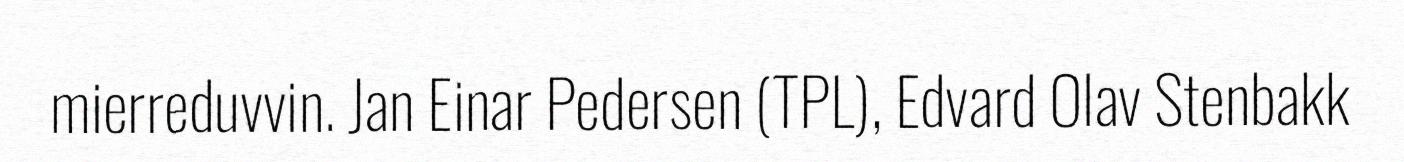
mierreduvvin. Jan Einar Pedersen (TPL), Edvard Olav Stenbakk